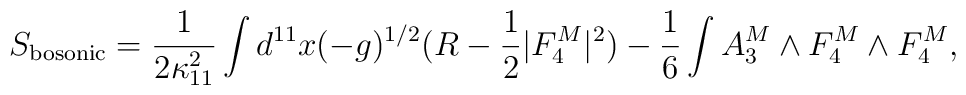
S_{\rm bosonic} = \frac{1} {2 \kappa_{11}^2 } \int d^{11} x (-g)^{1/2}\bigl( R - \frac{1}{2} |F^M_4|^2 \bigr) - \frac{1}{6}\int A^M_3 \wedge F^M_4 \wedge F^M_4,